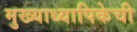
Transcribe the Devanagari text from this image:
मुख्याध्यापिकेची